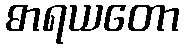
ဓာရယတော